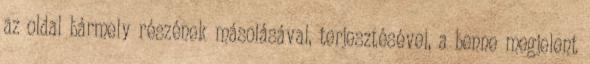
az oldal bármely részének másolásával, terjesztésével, a benne megjelent